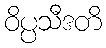
ဝိပ္ပသီဒတိ